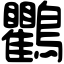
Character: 鸜